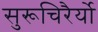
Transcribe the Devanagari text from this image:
सुरूचिरैर्यो